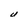
Character: U